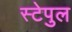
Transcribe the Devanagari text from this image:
स्टेपुल